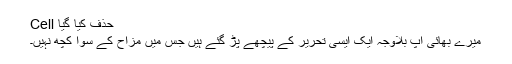
Cell حذف کیا گیا
میرے بھائی آپ بلاوجہ ایک ایسی تحریر کے پیچھے پڑ گئے ہیں جس میں مزاح کے سوا کچھ نہیں۔